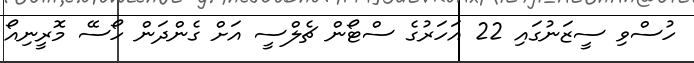
ހުސްވި ސީޒަނުގައި 22 އަހަރުގެ ސްޓޯން ޗެލްސީ އަށް ގެންދަން ހޯސޭ މޮރީނިއޯ